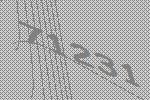
71231